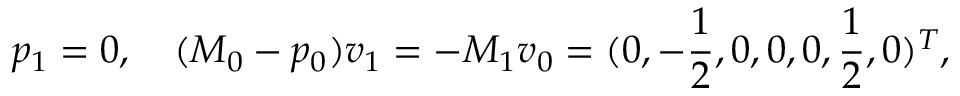
p _ { 1 } = 0 , \quad ( M _ { 0 } - p _ { 0 } ) \boldsymbol { v } _ { 1 } = - M _ { 1 } \boldsymbol { v } _ { 0 } = ( 0 , - \frac { 1 } { 2 } , 0 , 0 , 0 , \frac { 1 } { 2 } , 0 ) ^ { T } ,